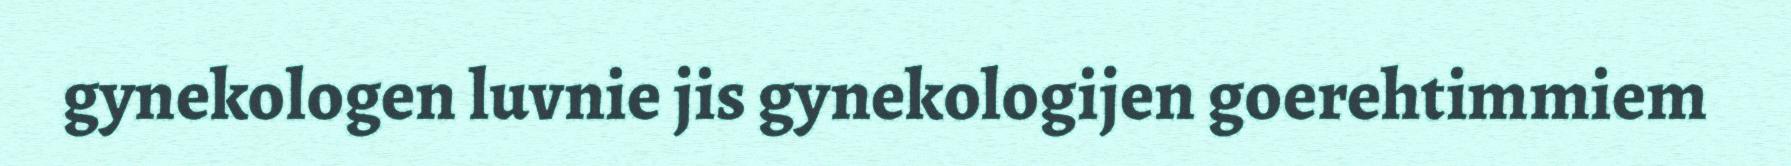
gynekologen luvnie jis gynekologijen goerehtimmiem